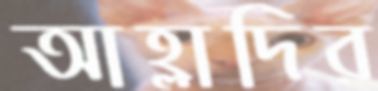
আহ্লাদির